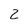
Character: 2